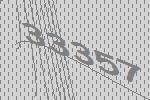
33357